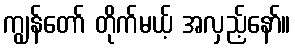
ကျွန်တော် တိုက်မယ့် အလှည့်နော်။